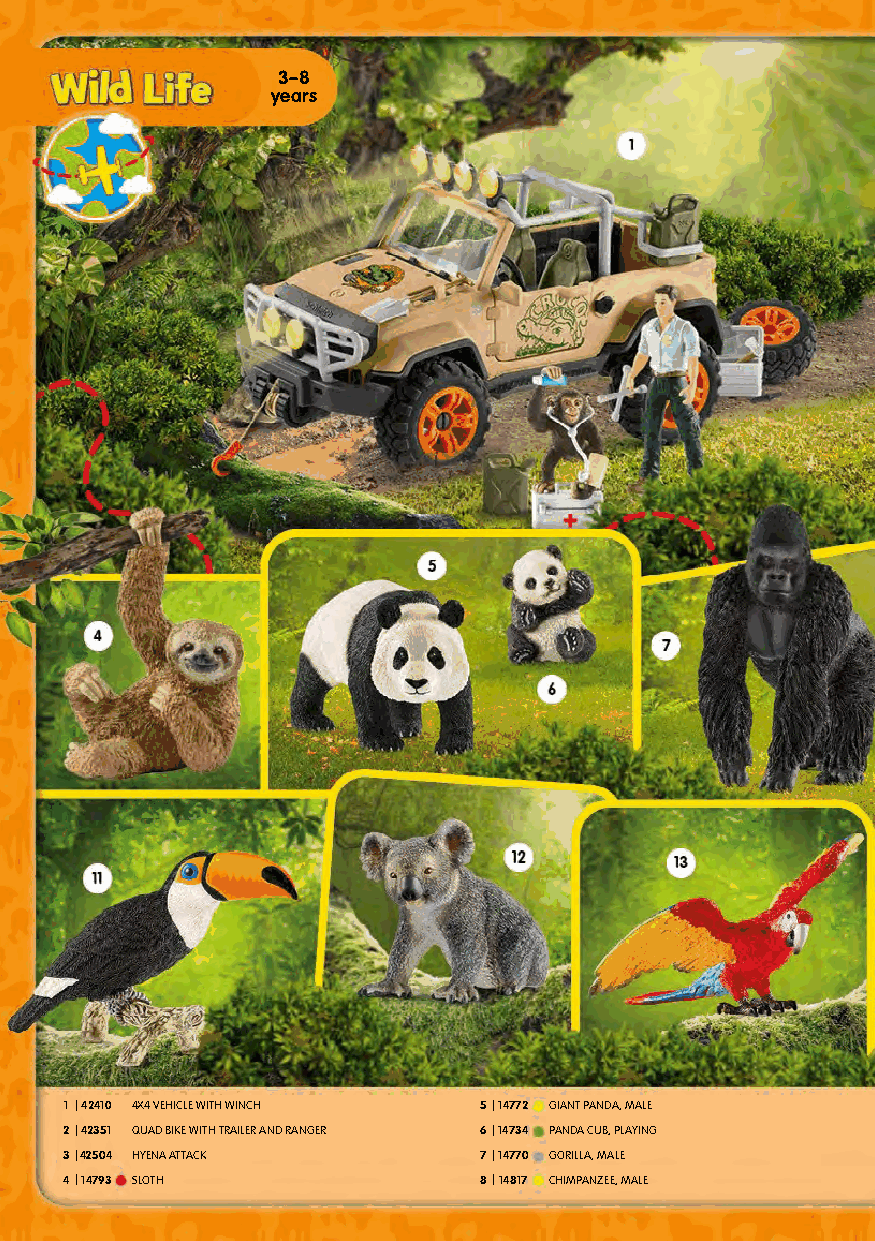
3–8
 years
 1 |42410 4X4 VEHICLE WITH WINCH 5|14772 GIANT PANDA, MALE
 2|42351 QUAD BIKE WITH TRAILER AND RANGER 6|14734 PANDA CUB, PLAYING
 3|42504 HYENA ATTACK        7|14770 GORILLA, MALE
 4|14793 SLOTH               8|14817 CHIMPANZEE, MALE